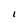
Character: I